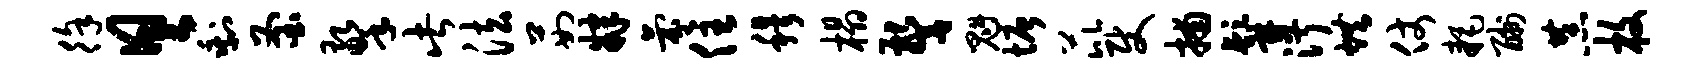
徐具剩釜擎此法茹肄氛住穆榻警魁塘芘使捕髯淑烘仗耗酬恭枚